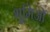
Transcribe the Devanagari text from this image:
भूमिओं